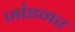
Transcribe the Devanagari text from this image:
जा॓इनर